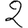
Digit: 2